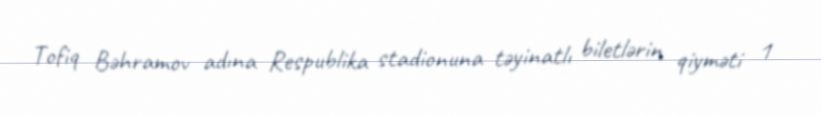
Tofiq Bəhramov adına Respublika stadionuna təyinatlı biletlərin qiyməti 1